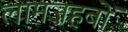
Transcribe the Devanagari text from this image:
लामज़हबों